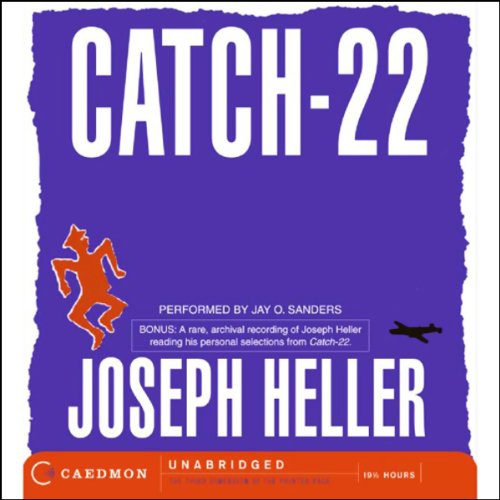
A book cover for Catch-22; Joseph Heller; Literature & Fiction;